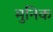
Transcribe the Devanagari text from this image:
मुनिक